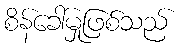
စိန်ခေါ်မှုဖြစ်သည်